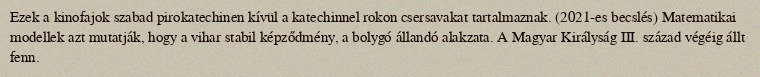
Ezek a kinofajok szabad pirokatechinen kívül a katechinnel rokon csersavakat tartalmaznak. (2021-es becslés) Matematikai modellek azt mutatják, hogy a vihar stabil képződmény, a bolygó állandó alakzata. A Magyar Királyság III. század végéig állt fenn.